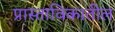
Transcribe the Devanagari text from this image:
प्रास्ताविकातील